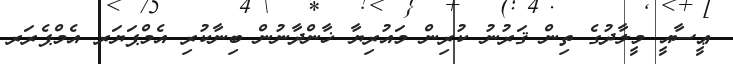
ޢީސާއީ މީލާދުގެ ތިން ޤަރުނު ކުރިން މައުރިޔާ ޚާންދާނުން ބިނާކުރި އެމްޕަޔަރ އެމްޕެރަރ